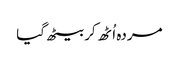
مردہ اُٹھ کر بیٹھ گیا